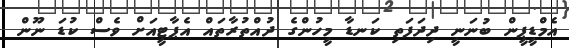
އެމްޑީޕީން ބުނަނީ ދިދަފަތި ކަނޑާ މީހުންގެ ދުއްތުރާތައް އެޕާޓީއަށް ވެސް ކުޑަ ނޫން